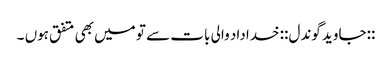
::جاوید گوندل:: خداداد والی بات سے تو میں‌ بھی متفق ہوں ۔